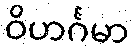
ဝိဟင်္ဂမာ